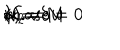
m = M \hspace { 1 c m } w _ { 2 } = w \hspace { 1 c m } \alpha = \delta = 0 \hspace { 1 c m } { \mathrm { ( C a s e } } \hspace { 0 . 3 c m } { \mathrm { 1 ) } } .